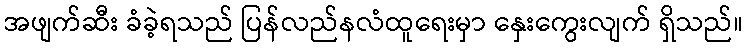
အဖျက်ဆီး ခံခဲ့ရသည် ပြန်လည်နလံထူရေးမှာ နှေးကွေးလျက် ရှိသည်။